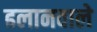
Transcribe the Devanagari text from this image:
ढलानवाले